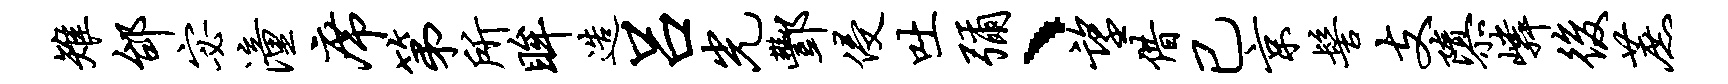
雉邰宓潼席第所眸造吕光酆侵吐弥、望借已京髻支隳嶙后蔗